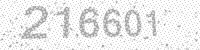
Solution: 216601